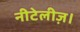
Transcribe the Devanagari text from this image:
नीटेलीज़।